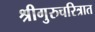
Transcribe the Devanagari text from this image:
श्रीगुरुचरित्रात